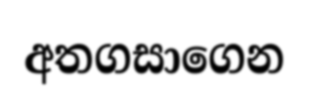
අතගසාගෙන